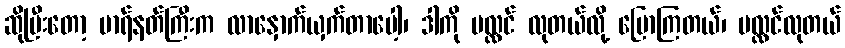
ဆိုပြီးတော့ မာရ်နတ်ကြီးက လာနှောက်ယှက်တာပေါ့၊ ဒါကို ပလ္လင် လုတယ်လို့ ပြောကြတယ်၊ ပလ္လင်လုတယ်